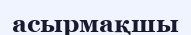
асырмақшы